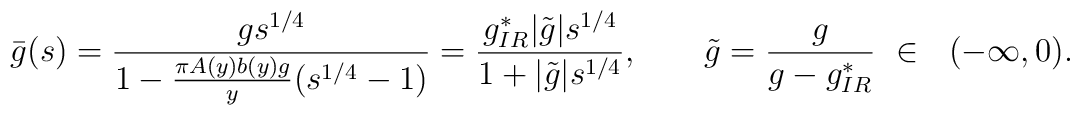
\bar{g}(s)=\frac{g s^{1/4}}{1-\frac{\pi  A(y)b(y)g}{y}(s^{1/4}-1)}=\frac{g_{IR}^*  |\tilde{g}|s^{1/4}}{1+|\tilde{g}|s^{1/4}},\ \ \ \ \ \ \tilde{g}=\frac{g}{g-g_{IR}^*}\ \in \ \ ( -\infty,0).